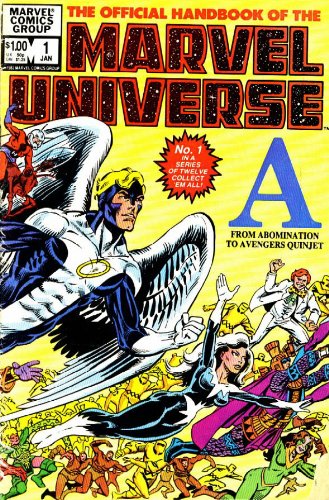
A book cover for Essential Official Handbook Of The Marvel Universe Volume 1 TPB (Essential (Marvel Comics)); Mark Gruenwald; Science Fiction & Fantasy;